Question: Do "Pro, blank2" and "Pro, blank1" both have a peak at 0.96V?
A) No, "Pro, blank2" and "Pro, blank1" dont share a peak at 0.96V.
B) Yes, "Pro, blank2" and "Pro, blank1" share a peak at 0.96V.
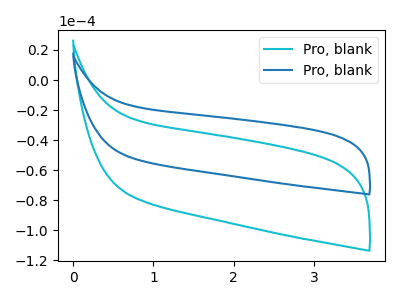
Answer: <think>The cyan curve "Pro, blank1" has no peaks. The blue curve "Pro, blank2" has no peaks.</think>
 <answer>A) No, "Pro, blank2" and "Pro, blank1" dont share a peak at 0.96V.</answer>
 <eval>A</eval>